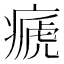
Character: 㾷